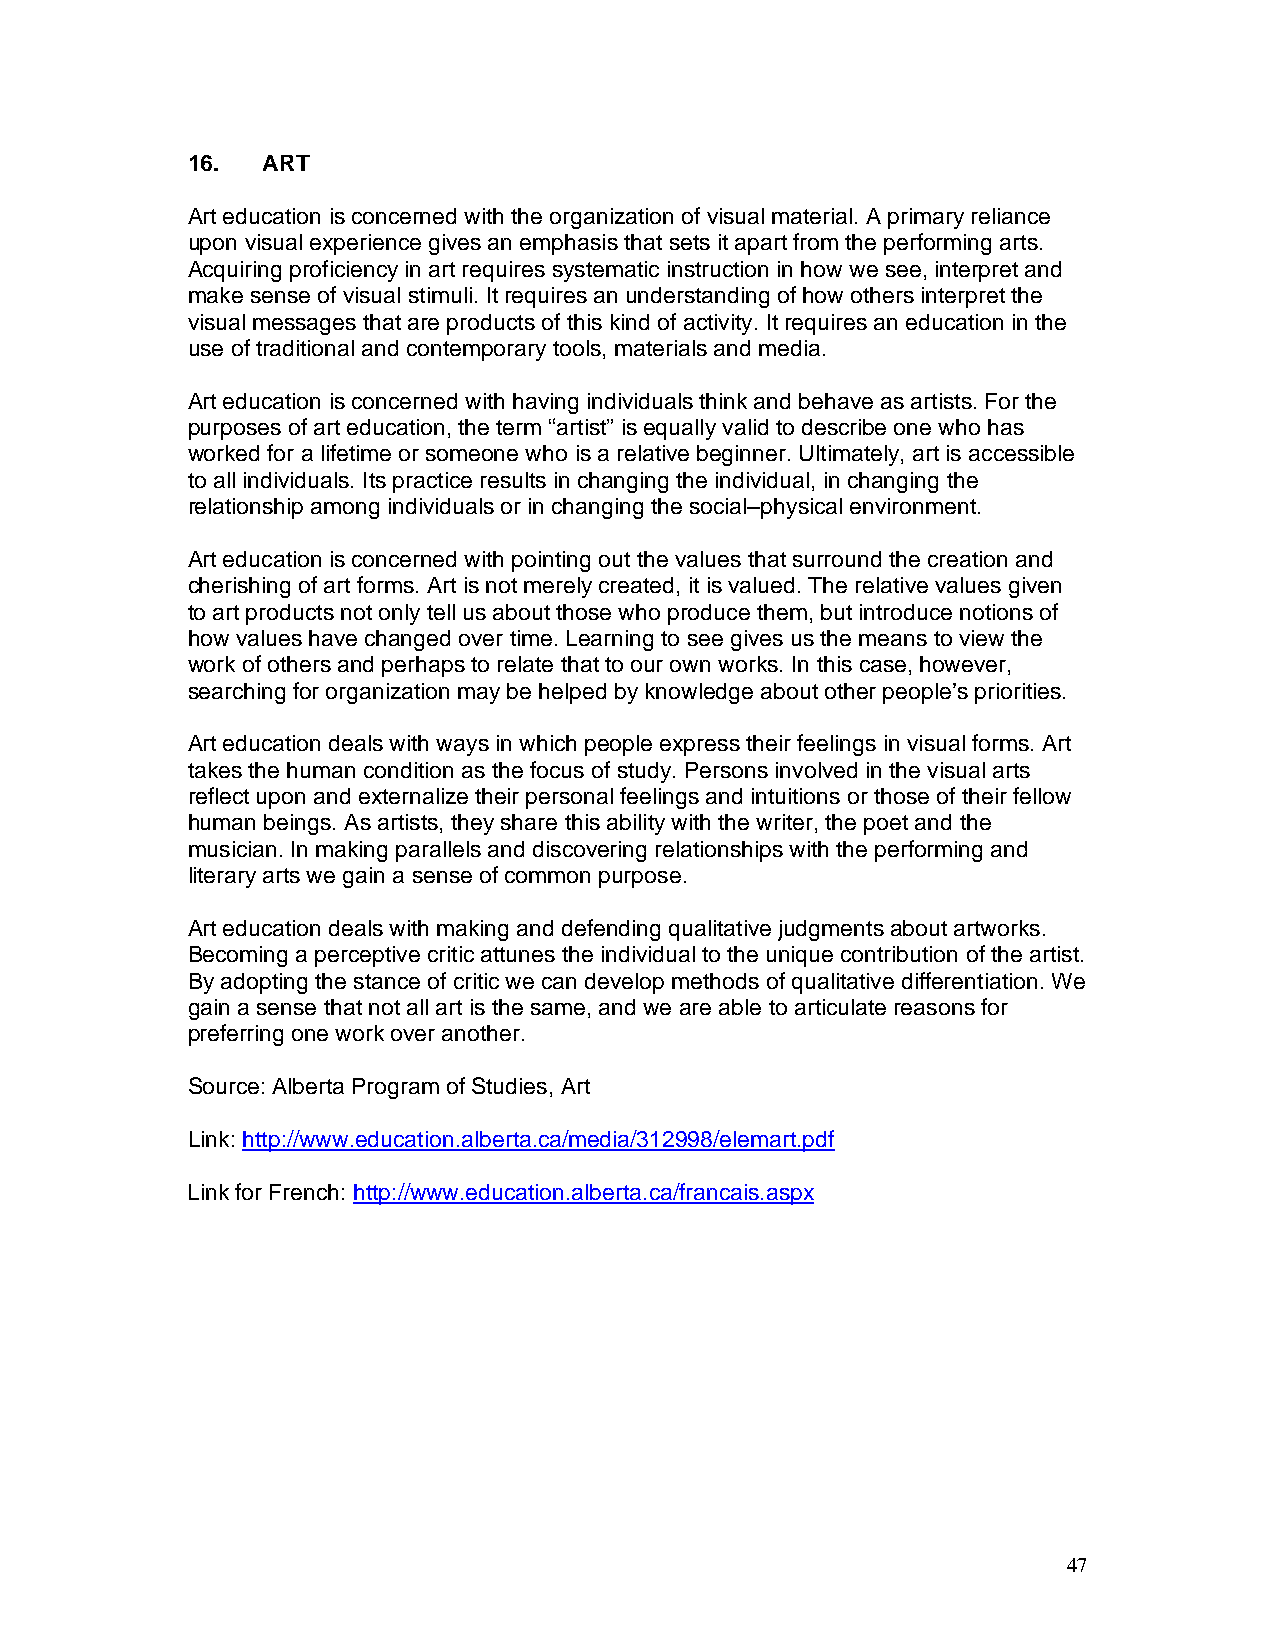
16.  ART
 Art education is concerned with the organization of visual material. A primary reliance
 upon visual experience gives an emphasis that sets it apart from the performing arts.
 Acquiring proficiency in art requires systematic instruction in how we see, interpret and
 make sense of visual stimuli. It requires an understanding of how others interpret the
 visual messages that are products of this kind of activity. It requires an education in the
 use of traditional and contemporary tools, materials and media.
 Art education is concerned with having individuals think and behave as artists. For the
 purposes of art education, the term “artist” is equally valid to describe one who has
 worked for a lifetime or someone who is a relative beginner. Ultimately, art is accessible
 to all individuals. Its practice results in changing the individual, in changing the
 relationship among individuals or in changing the social–physical environment.
 Art education is concerned with pointing out the values that surround the creation and
 cherishing of art forms. Art is not merely created, it is valued. The relative values given
 to art products not only tell us about those who produce them, but introduce notions of
 how values have changed over time. Learning to see gives us the means to view the
 work of others and perhaps to relate that to our own works. In this case, however,
 searching for organization may be helped by knowledge about other people’s priorities.
 Art education deals with ways in which people express their feelings in visual forms. Art
 takes the human condition as the focus of study. Persons involved in the visual arts
 reflect upon and externalize their personal feelings and intuitions or those of their fellow
 human beings. As artists, they share this ability with the writer, the poet and the
 musician. In making parallels and discovering relationships with the performing and
 literary arts we gain a sense of common purpose.
 Art education deals with making and defending qualitative judgments about artworks.
 Becoming a perceptive critic attunes the individual to the unique contribution of the artist.
 By adopting the stance of critic we can develop methods of qualitative differentiation. We
 gain a sense that not all art is the same, and we are able to articulate reasons for
 preferring one work over another.
 Source: Alberta Program of Studies, Art
 Link: http://www.education.alberta.ca/media/312998/elemart.pdf
 Link for French: http://www.education.alberta.ca/francais.aspx
 47